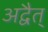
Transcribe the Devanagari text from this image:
अद्वैत्